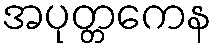
အပုတ္တကေန